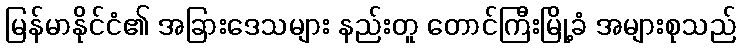
မြန်မာနိုင်ငံ၏ အခြားဒေသများ နည်းတူ တောင်ကြီးမြို့ခံ အများစုသည်